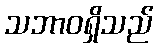
သဘာဝရှိသည်